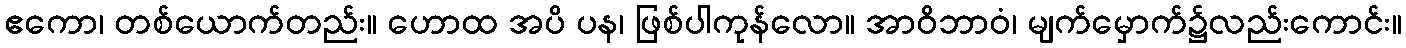
ဧကော၊ တစ်ယောက်တည်း။ ဟောထ အပိ ပန၊ ဖြစ်ပါကုန်လော။ အာဝိဘာဝံ၊ မျက်မှောက်၌လည်းကောင်း။